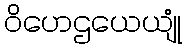
ဝိဟေဌယေယျုံ